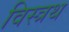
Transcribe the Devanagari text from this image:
विस्त्रथ